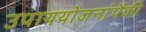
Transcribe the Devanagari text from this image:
उपाययोजनांपैकी